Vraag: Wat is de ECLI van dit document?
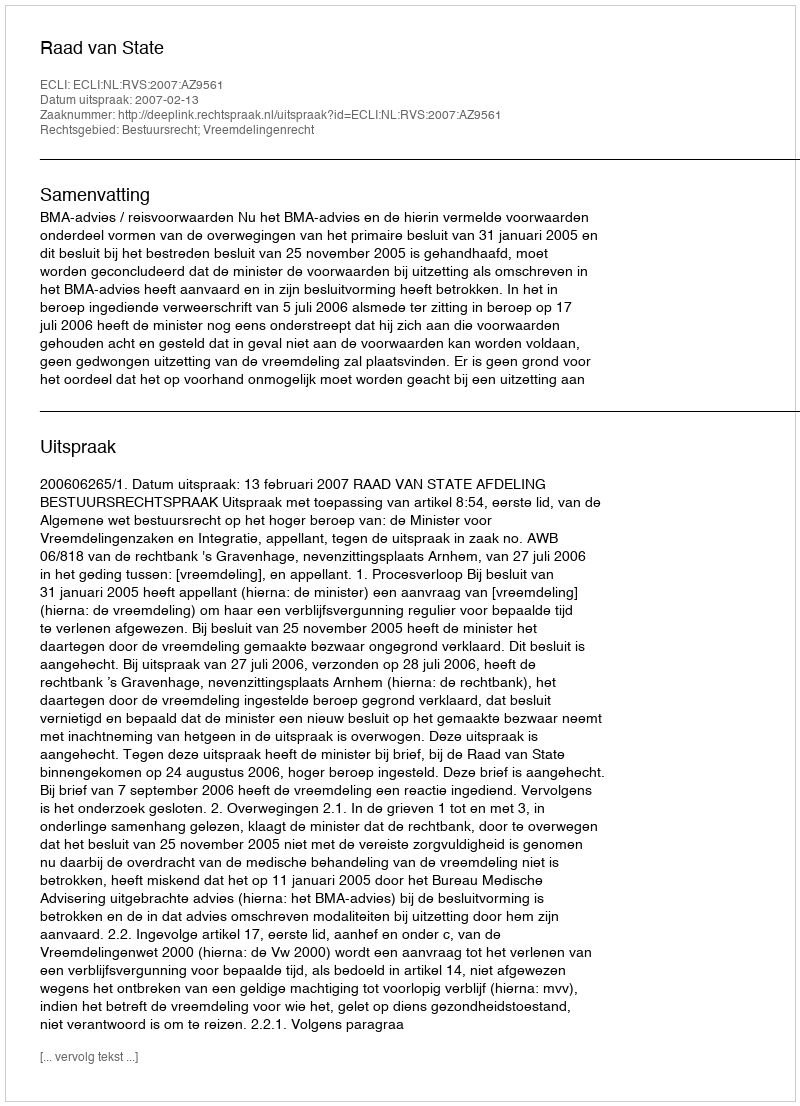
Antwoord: ECLI:NL:RVS:2007:AZ9561